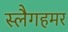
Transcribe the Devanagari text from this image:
स्लैगहमर